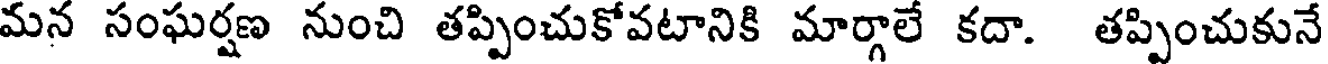
మన సంఘర్షణ నుంచి తప్పించుకోవటానికి మార్గాలే కదా. తప్పించుకునే